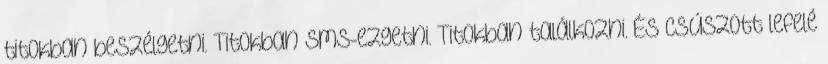
titokban beszélgetni. Titokban sms-ezgetni. Titokban találkozni. És csúszott lefelé